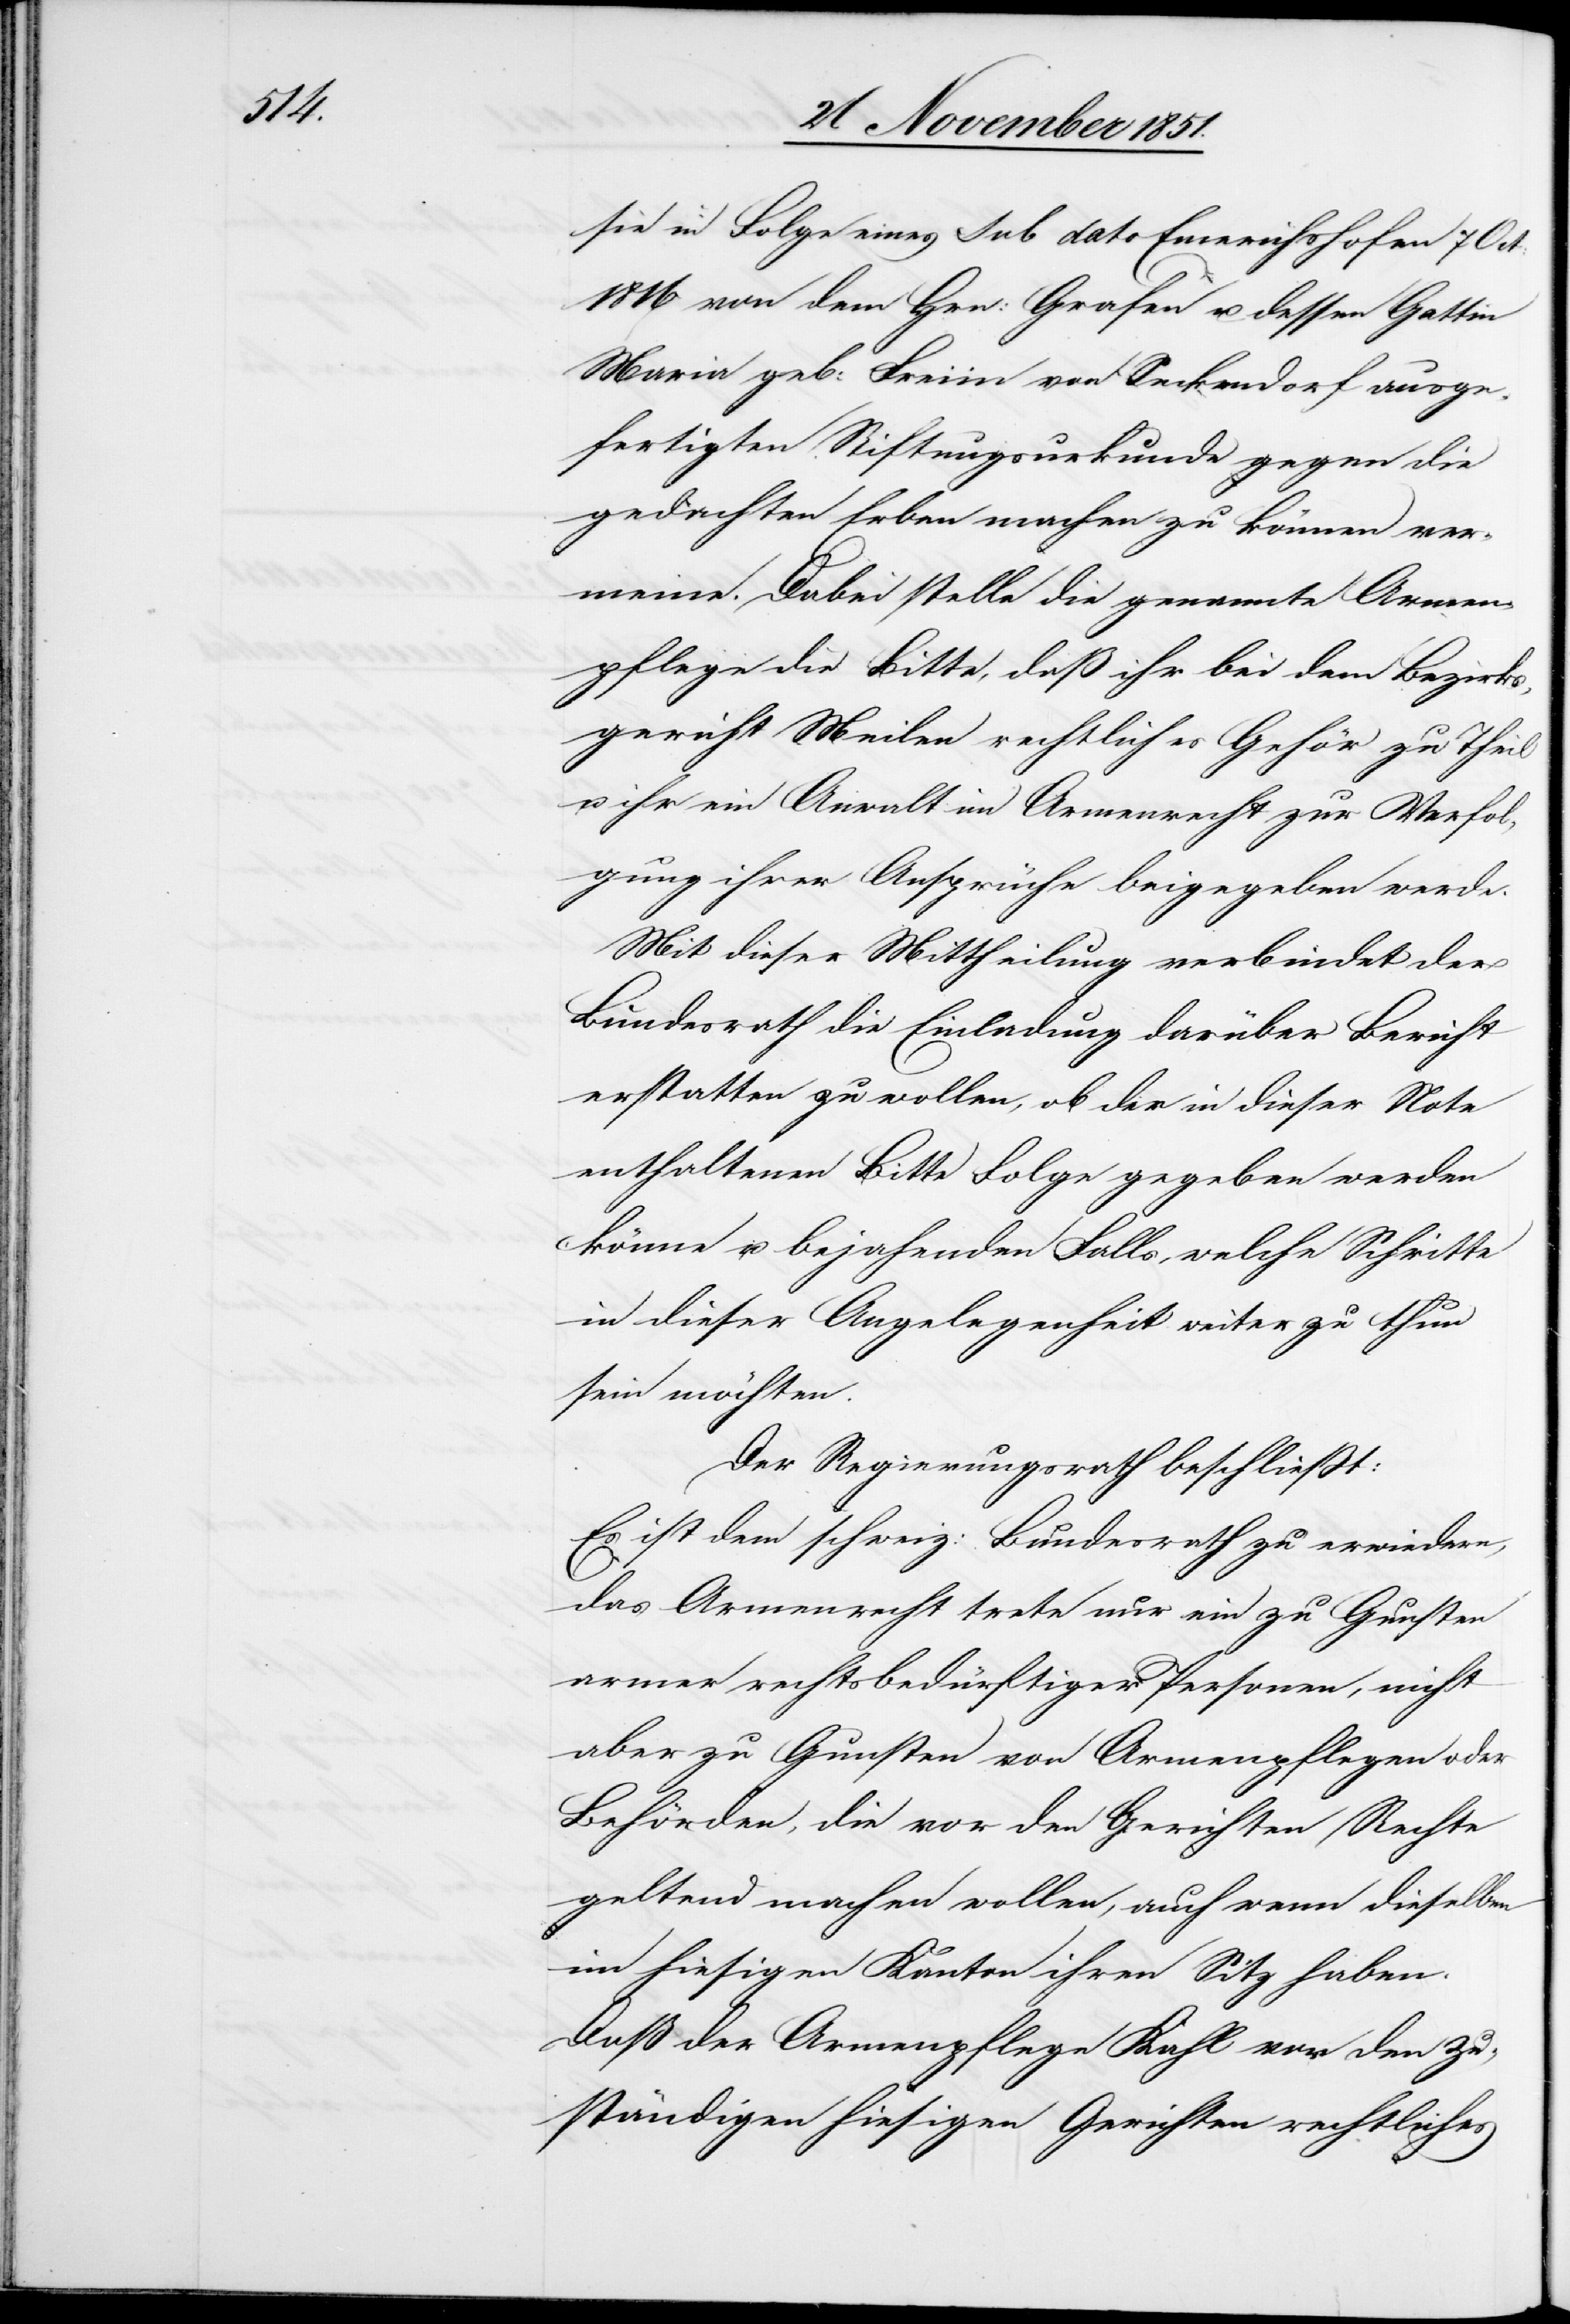
7

1816 von dem Hrn: Grafen u. dessen Gattin
Maria geb: Freiin von Seckendorf ausge¬
fertigten Stiftungsurkunde gegen die
gedachten Erben machen zu können ver¬
meine. Dabei stelle die genannte Armen¬
pflege die Bitte, daß ihr bei dem Bezirks¬
gericht Meilen rechtliches Gehör zu Theil
u. ihr ein Anwalt im Armenrecht zur Verfol¬
gung ihrer Ansprüche beigegeben werde.
Mit dieser Mittheilung verbindet der
Bundesrath die Einladung darüber Bericht
erstatten zu wollen, ob der in dieser Note
enthaltenen Bitte Folge gegeben werden
könne u. bejahenden Falls, welche Schritte
in dieser Angelegenheit weiter zu thun
sein möchten.
Der Regierungsrath beschließt:
Es ist dem schweiz: Bundesrath zu erwiedern,
das Armenrecht trete nur ein zu Gunsten
armer rechtsbedürftiger Personen, nicht
aber zu Gunsten von Armenpflegen oder
Behörden, die vor den Gerichten Rechte
geltend machen wollen, auch wenn dieselben
im hiesigen Kanton ihren Sitz haben.
Daß der Armenpflege Kahl von den zu¬
ständigen hiesigen Gerichten rechtliches